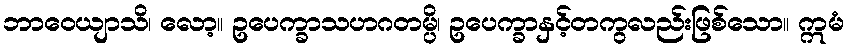
ဘာဝေယျာသိ၊ လော့။ ဥပေက္ခာသဟဂတမ္ပိ၊ ဥပေက္ခာနှင့်တကွလည်းဖြစ်သော။ ဣမံ